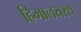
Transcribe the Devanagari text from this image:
हिमालयस्थ